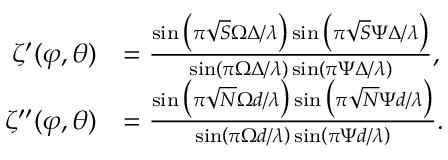
\begin{array} { r l } { \zeta ^ { \prime } ( \varphi , \theta ) } & { = \frac { \sin \big ( \pi \sqrt { S } \Omega \Delta / \lambda \big ) \sin \big ( \pi \sqrt { S } \Psi \Delta / \lambda \big ) } { \sin \left( \pi \Omega \Delta / \lambda \right) \sin \left( \pi \Psi \Delta / \lambda \right) } , } \\ { \zeta ^ { \prime \prime } ( \varphi , \theta ) } & { = \frac { \sin \big ( \pi \sqrt { N } \Omega d / \lambda \big ) \sin \big ( \pi \sqrt { N } \Psi d / \lambda \big ) } { \sin \left( \pi \Omega d / \lambda \right) \sin \left( \pi \Psi d / \lambda \right) } . } \end{array}